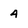
Character: 4